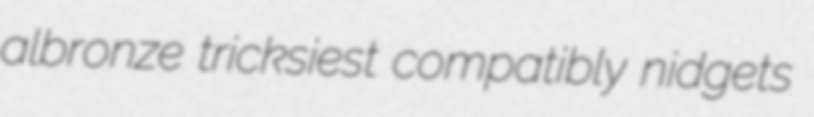
albronze tricksiest compatibly nidgets